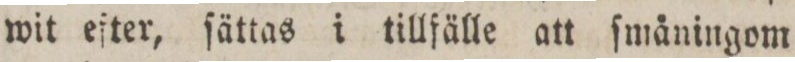
wit efter, ſättas i tillfälle att ſmåningom